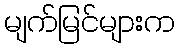
မျက်မြင်များက